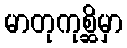
မာတုကုစ္ဆိမှာ